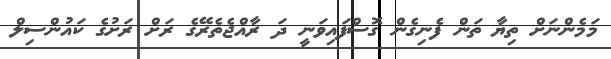
މަމެންނަށް ތިޔާ ތަން ފެނިގެން ގޮސްފައިވަނީ ދަ ރާއްޖެތެރޭގެ ރަށް ރަށުގެ ކައުންސިލް